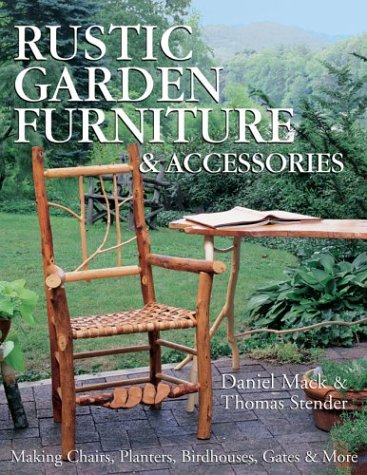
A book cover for Rustic Garden Furniture & Accessories: Making Chairs, Planters, Birdhouses, Gates & More; Dan Mack; Crafts, Hobbies & Home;